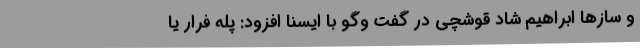
و سازها ابراهیم شاد قوشچی در گفت وگو با ایسنا افزود: پله فرار یا